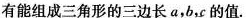
有能组成三角形的三边长a，b，c的值.